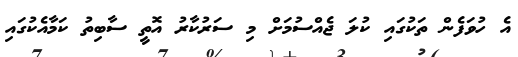
އެ ހުވަފެން ތަކުގައި ކުލަ ޖެއްސުމަށް މި ސަރުކާރު އޮތީ ސާބިތު ކަމާއެކުގައި